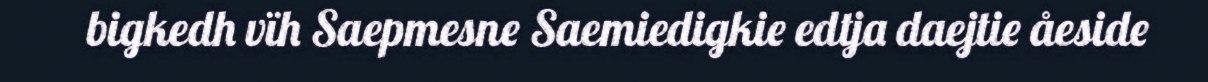
bigkedh vïh Saepmesne Saemiedigkie edtja daejtie åeside